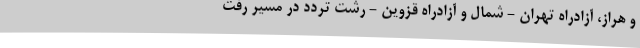
و هراز، آزادراه تهران - شمال و آزادراه قزوین - رشت تردد در مسیر رفت